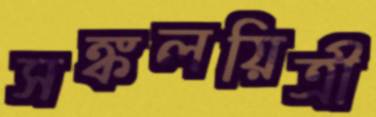
সঙ্কলয়িত্রী